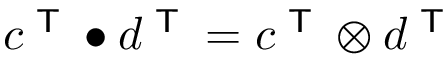
c ^ { \textsf { T } } \bullet d ^ { \textsf { T } } = c ^ { \textsf { T } } \otimes d ^ { \textsf { T } }